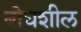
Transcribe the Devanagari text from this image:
बोधशील